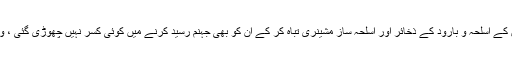
اس آپریشن کے دوران دہشتگردوں کے ٹھکانے ، ان کے اسلحہ و بارود کے ذخائر اور اسلحہ ساز مشینری تباہ کر کے ان کو بھی جہنم رسید کرنے میں کوئی کسر نہیں چھوڑی گئی ، وہ قوم کو باطل نظریات کا یرغمال بنانا چاہتے تھے۔